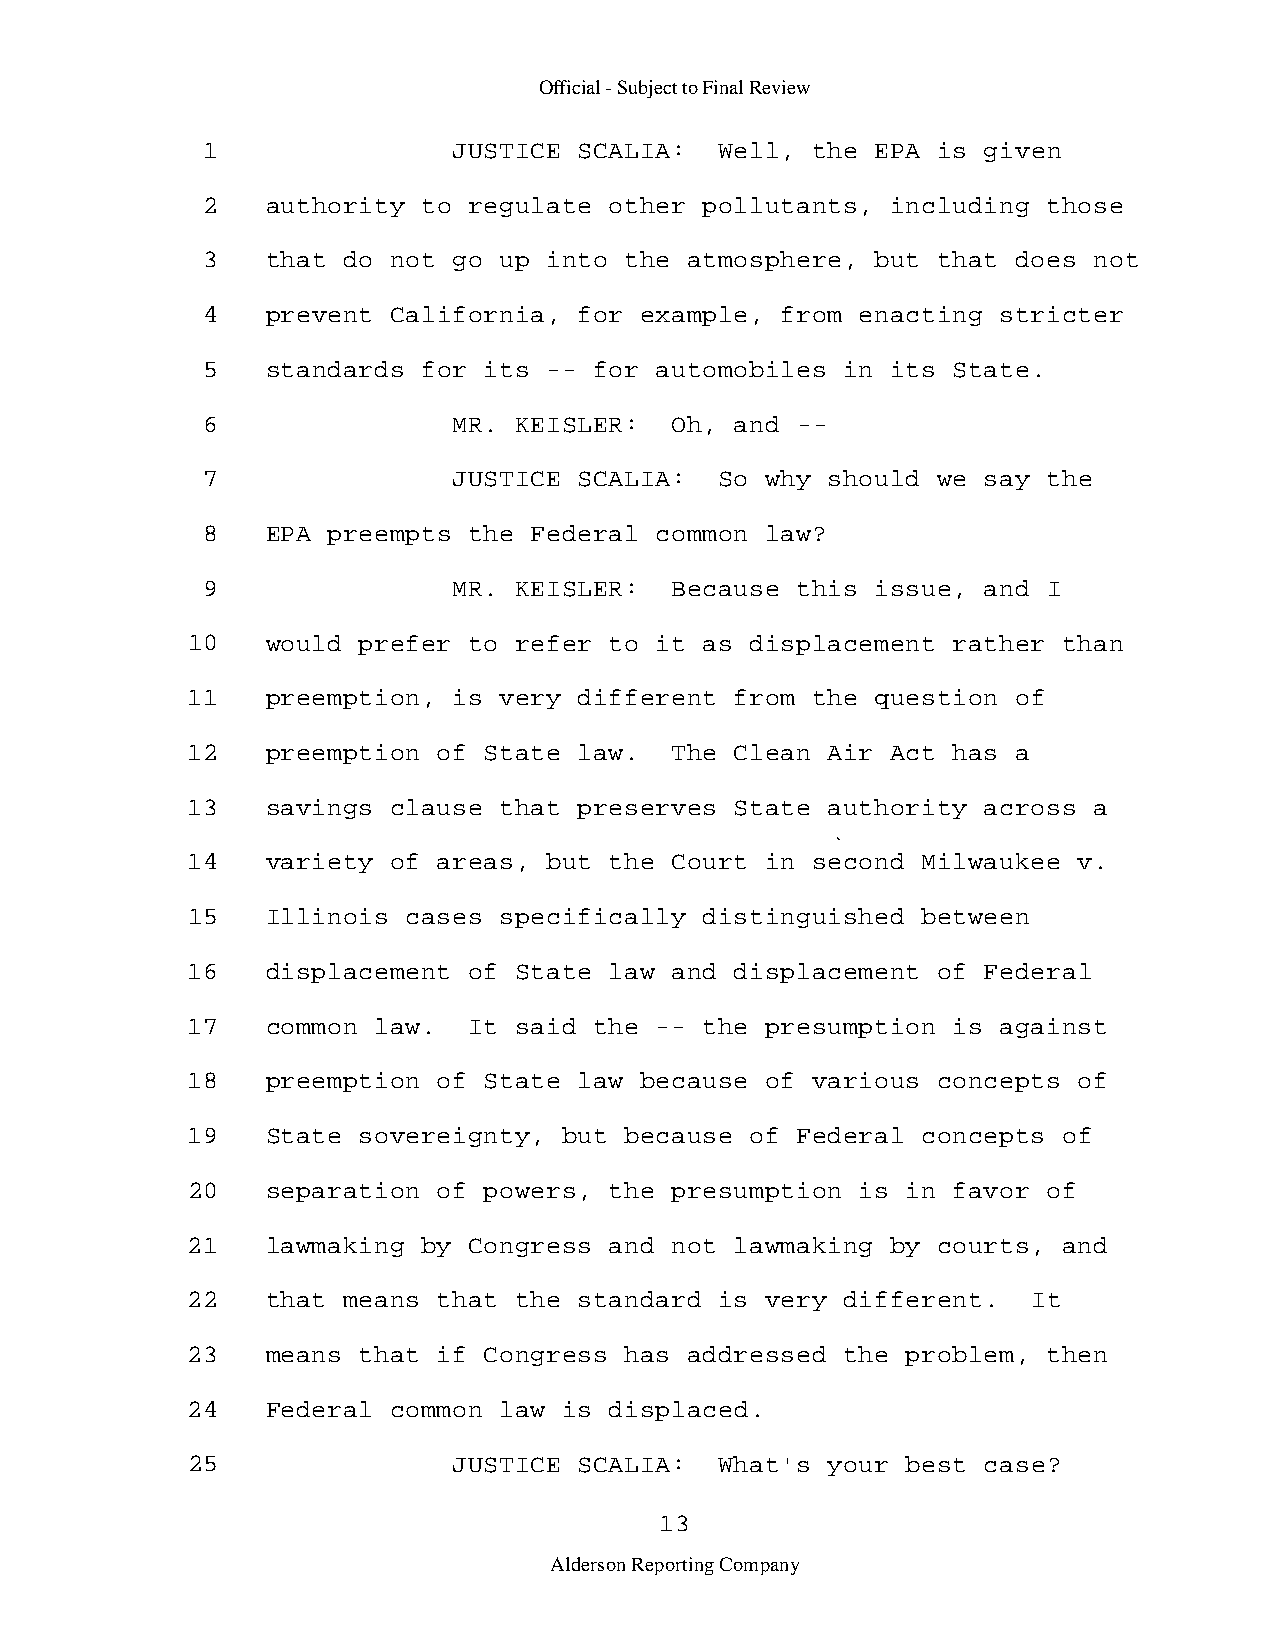
Official - Subject to Final Review
 1                JUSTICE SCALIA:   Well, the EPA is given
 2    authority to regulate other  pollutants, including those
 3    that do not go up into the  atmosphere, but that does not
 4    prevent California, for example,  from enacting stricter
 5    standards for its -- for automobiles  in its State.
 6                MR. KEISLER:  Oh,  and -­
 7                JUSTICE SCALIA:   So why should we say the
 8    EPA preempts the Federal common  law?
 9                MR. KEISLER:  Because  this issue, and I
 10    would prefer to refer to it  as displacement rather than
 11    preemption, is very different  from the question of
 12    preemption of State law.  The  Clean Air Act has a
 13    savings clause that preserves  State authority across a
 14    variety of areas, but the Court  in second Milwaukee v.
 15    Illinois cases specifically  distinguished between
 16    displacement of State law and  displacement of Federal
 17    common law.  It said the --  the presumption is against
 18    preemption of State law because  of various concepts of
 19    State sovereignty, but because  of Federal concepts of
 20    separation of powers, the presumption  is in favor of
 21    lawmaking by Congress and not  lawmaking by courts, and
 22    that means that the standard  is very different.  It
 23    means that if Congress has  addressed the problem, then
 24    Federal common law is displaced.
 25                JUSTICE SCALIA:   What's your best case?
 13
 Alderson Reporting Company